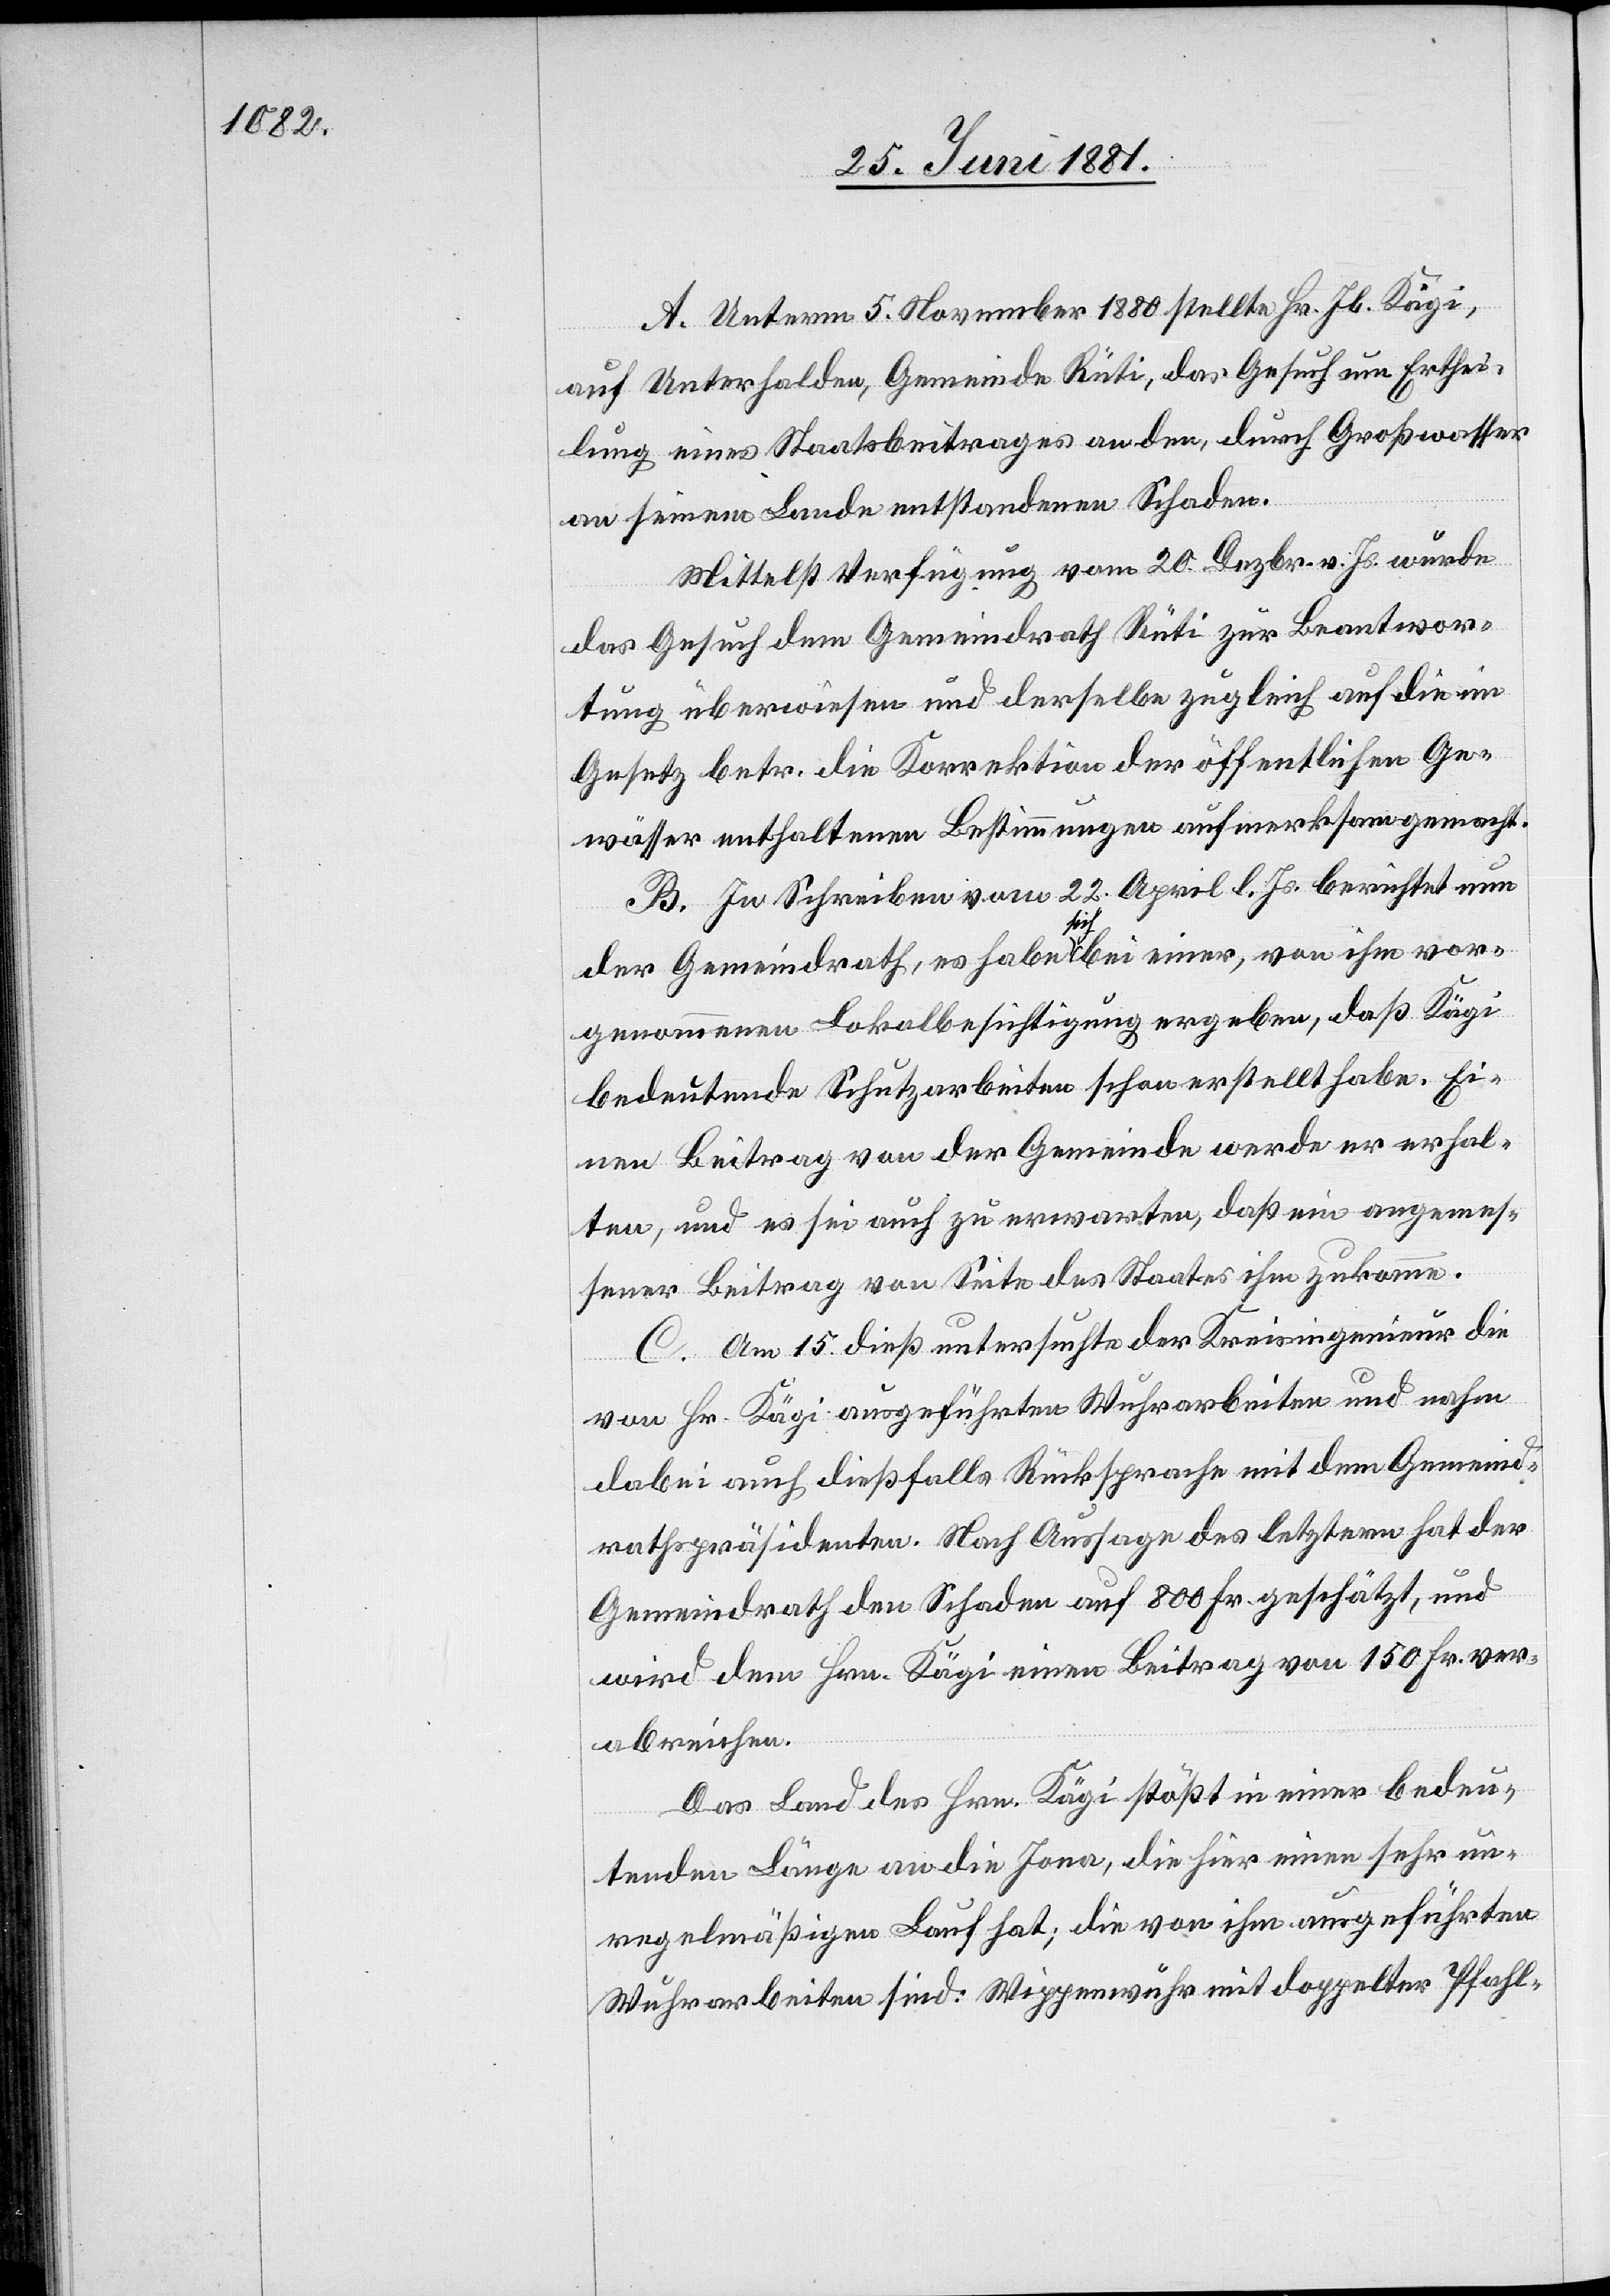
A. Unterm 5. November 1880 stellte Hr. Jb. Kägi,
auf Unterhalden, Gemeinde Rüti, das Gesuch um Erthei¬
lung eines Staatsbeitrages an den, durch Großwasser
an seinem Lande entstandenen Schaden.
Mittelst Verfügung vom 20. Dezbr. v. Js. wurde
das Gesuch dem Gemeindrath Rüti zur Beantwor¬
tung überwiesen und derselbe zugleich auf die im
Gesetz betr. die Korrektion der öffentlichen Ge¬
wässer enthaltenen Bestimmungen aufmerksam gemacht.
B. In Schreiben vom 22. April l. Js. berichtet nun
der Gemeindrath, es habe sich bei einer, von ihm vor¬
genommenen Lokalbesichtigung ergeben, daß Kägi
bedeutende Schutzarbeiten schon erstellt habe. Ei¬
nen Beitrag von der Gemeinde werde er erhal¬
ten, und es sei auch zu erwarten, daß ein angemes¬
sener Beitrag von Seite des Staates ihm zukomme.
C. Am 15. dieß untersuchte der Kreisingenieur die
von Hr. Kägi ausgeführten Wuhrarbeiten und nahm
dabei auch dießfalls Rücksprache mit dem Gemeind¬
rathspräsidenten. Nach Aussage des letzern hat der
Gemeindrath den Schaden auf 800 Fr. geschätzt, und
wird dem Hrn. Kägi einen Beitrag von 150 Fr. ver¬
abreichen.
Das Land des Hrn. Kägi stößt in einer bedeu¬
tenden Länge an die Jona, die hier einen sehr un¬
regelmäßigen Lauf hat; die von ihm ausgeführten
Wuhrarbeiten sind: Wippenwuhr mit doppelter Pfahl-